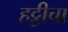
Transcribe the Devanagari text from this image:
हट्टीचा